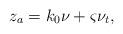
LaTeX: \begin{align*}z_{a}=k_{0}\nu + \varsigma\nu_{t}, \end{align*}